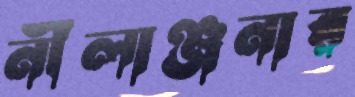
নীলাঞ্জনার